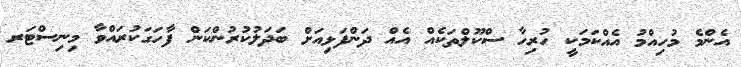
އެންމެ މުހިއްމު އެއްކަމަކީ ހުރިހާ ސްކޫލްތަކެއް އެއް ދަންފަޅިއަށް ބަދަލުކުރުންކަން ފާހަގަކުރައްވާ މިނިސްޓަރ